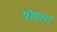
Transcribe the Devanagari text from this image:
षोषला